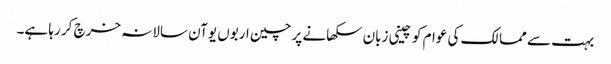
بہت سے ممالک کی عوام کو چینی زبان سکھانے پر چین اربوں یوآن سالانہ خرچ کر رہا ہے۔